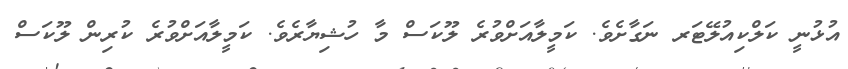
އުޅުނީ ކަލްކިއުލޭޓަރ ނަގާށެވެ. ކަމީލާއަށްވުރެ ލޫކަސް މާ ހުޝިޔާރެވެ. ކަމީލާއަށްވުރެ ކުރިން ލޫކަސް